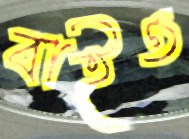
বাইত